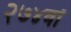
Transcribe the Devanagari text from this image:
२७४वॉ